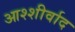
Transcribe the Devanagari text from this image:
आश्शीर्वाद